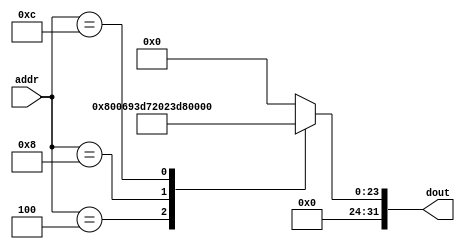
module ROM(addr, dout);

input [31:0] addr;
output reg [31:0] dout;

always@(addr) begin
	case(addr)
		32'd00: dout = 32'b0;
	   32'd04: dout = 32'b00000000100000000000011010010011; //4 addi x13,x0,8 fixed
		32'd08: dout = 32'b00000000110101110010000000100011; //8 sw x13, 0(x14)
																			  //     rs2,imm/rs2,rs1
		32'd12: dout = 32'b00000000110101110010100000000011; //12 lw x16,0(x14) check				  
		//00000000010000000000011010010011	
		/*32'd08: dout = 32'b0;	
      32'd12: dout = 32'b00000000110101110010000000100011; //8 sw x13, 0(x14)
		32'd16: dout = 32'b00000000000001110010100000000011; //12 lw x16,0(x14) check
		//32'd04: dout = 32'b101101110110010001100011; //8 lw x5,x0,9*/		
		//32'd04: dout = 32'b101101110110010001100011; //8 lw x5,x0,9*/
		/*32'd00: dout = 32'h00450693; //0 addi x5,x0,9
		32'd04: dout = 32'h00100713; //4
		32'd08: dout = 32'h00b76463; //8
		32'd12: dout = 32'h00008067; //c
		32'd16: dout = 32'h0006a803; //10
		32'd20: dout = 32'h00068613; //14
		32'd24: dout = 32'h00070793; //18
		32'd28: dout = 32'hffc62883; //1c
		32'd32: dout = 32'h01185a63; //20
		32'd36: dout = 32'h01162023; //24
		32'd40: dout = 32'hfff78793; //28
		32'd44: dout = 32'hffc60613; //2c
		32'd48: dout = 32'hfe0796e3; //30
		32'd52: dout = 32'h00279793; //34
		32'd56: dout = 32'h00f507b3; //38
		32'd60: dout = 32'h0107a023; //3c
		32'd64: dout = 32'h00170713; //40
		32'd68: dout = 32'h00468693; //44
		32'd72: dout = 32'hfc1ff06f; //48*/
	
		default: dout = 32'd0;

	endcase 
end

endmodule